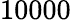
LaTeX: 10000